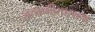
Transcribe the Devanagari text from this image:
सहकर्मीसारख्या